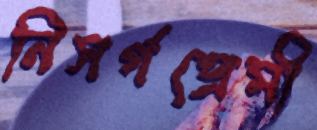
নিসর্গপ্রেমী